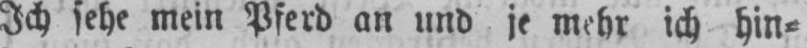
Ich sehe mein Pferd an und je mehr ich hin⸗